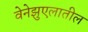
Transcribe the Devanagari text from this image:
वेनेझुएलातील